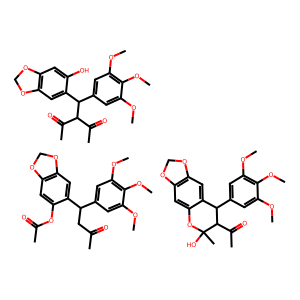
SMILES: COc1cc(C(CC(C)=O)c2cc3c(cc2OC(C)=O)OCO3)cc(OC)c1OC.COc1cc(C(c2cc3c(cc2O)OCO3)C(C(C)=O)C(C)=O)cc(OC)c1OC.COc1cc(C2c3cc4c(cc3OC(C)(O)C2C(C)=O)OCO4)cc(OC)c1OC
Inhibits HIV replication: No